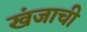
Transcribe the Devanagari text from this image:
खंजाची